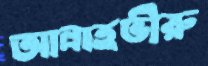
আল্লাহভীরু